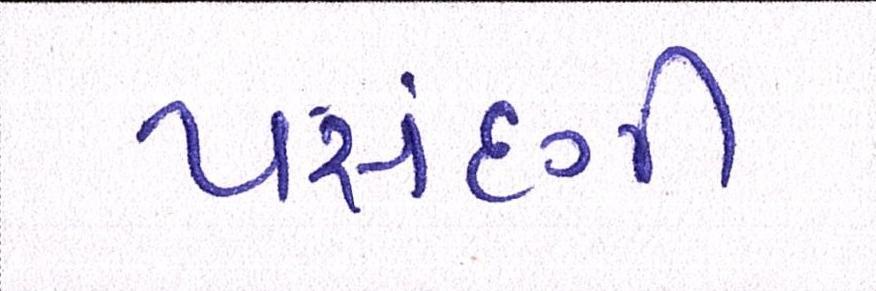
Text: પસંદગી